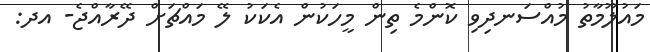
މައުލޫމާތު މުއްސަނދިވި ކޮންމެ ތިން މީހަކުން އެކަކު ލޭ މައްޗަށް ދޭރާއްޖެ- އދ: